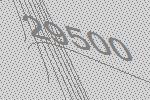
29500